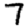
Digit: 7